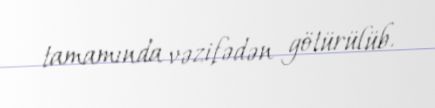
tamamında vəzifədən götürülüb.